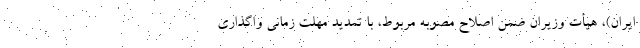
ایران)، هیأت وزیران ضمن اصلاح مصوبه مربوط، با تمدید مهلت زمانی واگذاری